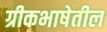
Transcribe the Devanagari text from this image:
ग्रीकभाषेतील